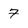
Character: 7